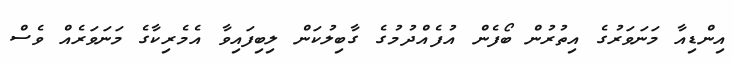
އިންޑިއާ މަނަވަރުގެ އިތުރުން ބޯފެން އުފެއްދުމުގެ ގާބިލުކަން ލިބިފައިވާ އެމެރިކާގެ މަނަވަރެއް ވެސް